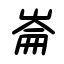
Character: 崙